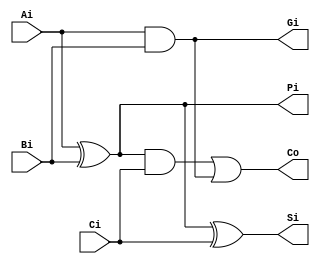
`timescale 1ns / 1ps
//////////////////////////////////////////////////////////////////////////////////
// Company: 
// Engineer: 
// 
// Design Name: 
// Module Name:    add 
// Project Name: 
// Target Devices: 
// Tool versions: 
// Description: 
//
// Dependencies: 
//
// Revision: 
// Revision 0.01 - File Created
// Additional Comments: 
//
//////////////////////////////////////////////////////////////////////////////////
module add(
    input Ai,
    input Bi,
    input Ci,
    output Si,
    output Co,
    output Gi,
    output Pi
    );
	
	assign Si = Pi ^ Ci;
	assign Co = (Pi & Ci) | Gi;
	assign Gi = Ai & Bi;
	assign Pi = Ai ^ Bi;

endmodule